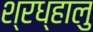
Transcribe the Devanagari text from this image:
श्रध्हालु